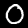
Digit: 0